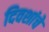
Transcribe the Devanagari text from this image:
दिवशांचे